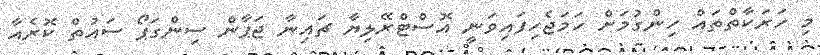
މި ހަރަކާތްތައް ހިންގުމަށް ހަމަޖެހިފައިވަނީ އޮސްޓްރޭލިޔާ ޗައިނާ ޖަޕާން ސިންގަޕޯ ސައުތް ކޮރެއާ